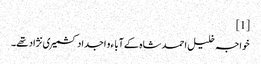
[1]
خواجہ خلیل احمد شاہ کے آبا ء و اجداد کشمیری نژاد تھے۔